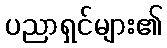
ပညာရှင်များ၏